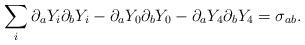
LaTeX: \begin{align*}\sum_i \partial_a Y_i \partial_b Y_i - \partial_a Y_0\partial_b Y_0 - \partial_a Y_4\partial_b Y_4 = \sigma_{ab}.\end{align*}